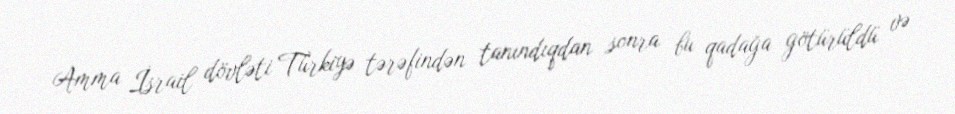
Amma İsrail dövləti Türkiyə tərəfindən tanındıqdan sonra bu qadağa götürüldü və